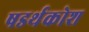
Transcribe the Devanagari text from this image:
षडर्थकोश